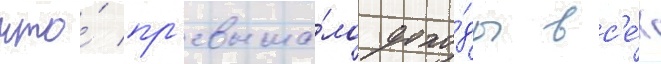
что́ пр'евыша́ло дохо́ды вс'е́х